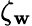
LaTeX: \zeta_{\mathbf{w}}